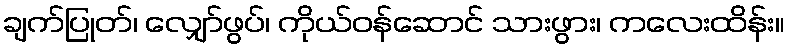
ချက်ပြုတ်၊ လျှော်ဖွပ်၊ ကိုယ်ဝန်ဆောင် သားဖွား၊ ကလေးထိန်း။